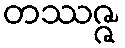
တဿဇ္ဇ